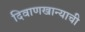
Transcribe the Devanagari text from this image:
दिवाणखान्याची